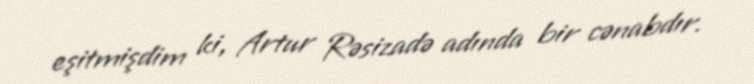
eşitmişdim ki, Artur Rəsizadə adında bir cənabdır.